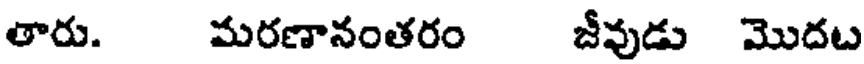
తారు. మరణానంతరం జీవుడు మొదట